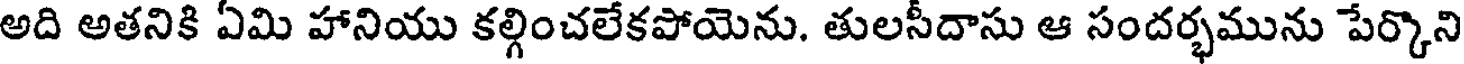
అది అతనికి ఏమి హానియు కల్గించలేకపోయెను. తులసీదాసు ఆ సందర్భమును పేర్కొని